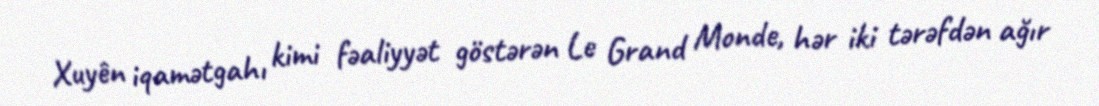
Xuyên iqamətgahı kimi fəaliyyət göstərən Le Grand Monde, hər iki tərəfdən ağır